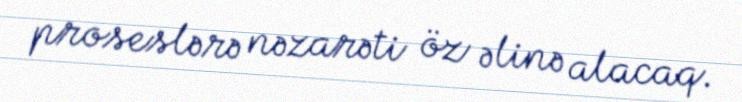
proseslərə nəzarəti öz əlinə alacaq.